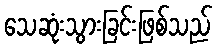
သေဆုံးသွားခြင်းဖြစ်သည်